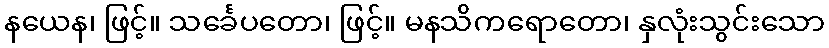
နယေန၊ ဖြင့်။ သင်္ခေပတော၊ ဖြင့်။ မနသိကရောတော၊ နှလုံးသွင်းသော